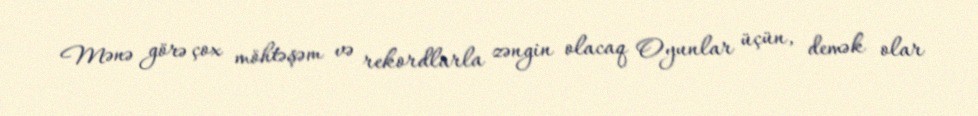
Mənə görə çox möhtəşəm və rekordlarla zəngin olacaq Oyunlar üçün, demək olar